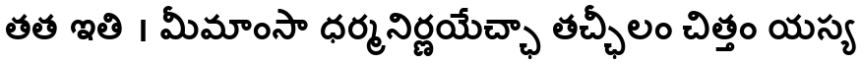
తత ఇతి । మీమాంసా ధర్మనిర్ణయేచ్ఛా తచ్ఛీలం చిత్తం యస్య